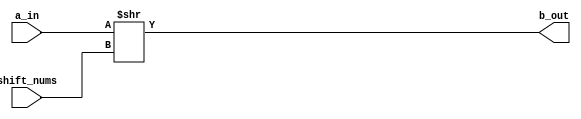
// This program was cloned from: https://github.com/martinmaly21/ELEC374
// License: MIT License

module shr_32_gate(
		input wire [31:0] a_in,
		input wire [31:0] shift_nums,
		output [31:0] b_out
);
		assign b_out[31:0] = a_in>>shift_nums;
endmodule